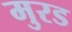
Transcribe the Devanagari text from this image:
मुरड